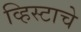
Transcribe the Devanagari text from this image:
व्हिस्टाचे